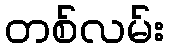
တစ်လမ်း